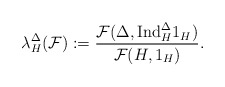
\begin{align*} \lambda_{H}^{\Delta}(\mathcal{F}):=\frac{\mathcal{F}(\Delta,\mathrm{Ind}_{H}^{\Delta}1_H)}{\mathcal{F}(H,1_H)}.\end{align*}